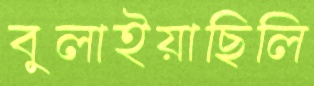
বুলাইয়াছিলি